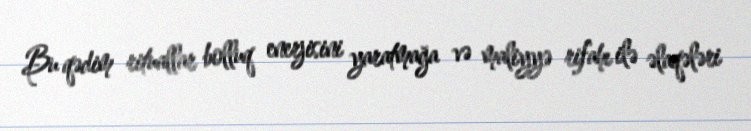
Bu qədim rituallar bolluq enerjisini yaratmağa və maliyyə rifahı ilə əlaqələri